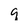
Character: g